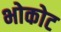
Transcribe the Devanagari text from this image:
भोकोट